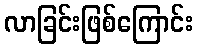
လာခြင်းဖြစ်ကြောင်း